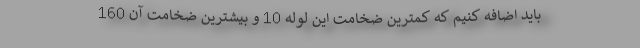
باید اضافه کنیم که کمترین ضخامت این لوله 10 و بیشترین ضخامت آن 160